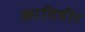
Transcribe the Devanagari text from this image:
क्रातिवीर